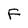
Character: F